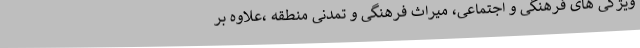
ویژگی های فرهنگی و اجتماعی، میراث فرهنگی و تمدنی منطقه ،علاوه بر